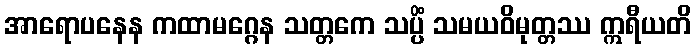
အာရောပနေန ကထာမဂ္ဂေန သတ္တကေ သပ္ပိံ သမယဝိမုတ္တဿ ဣရီယတိ